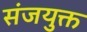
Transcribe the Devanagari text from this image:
संजयुक्त